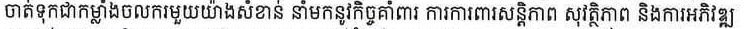
ចាត់ទុកជាកម្លាំងចលករមួយយ៉ាងសំខាន់ នាំមកនូវកិច្ចគាំពារ ការការពារសន្តិភាព សុវត្ថិភាព និងការអភិវឌ្ឍ